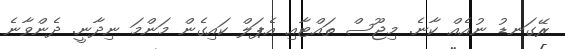
ރޭގަނޑު ނުއެއް ކާނެ. މިޖޫސް ތައްޓާއި އެޕަލް ކައިގެން މަންމަ ނިދާނީ. ދެންވާނެ